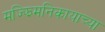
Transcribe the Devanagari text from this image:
मज्झिमनिकायाच्या